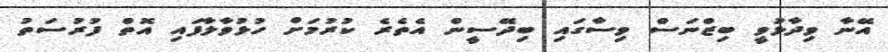
އޭނާ ވިދާޅުވީ ބިޒްނަސް ވިސާގައި ބިދޭސީން އެތެރެ ކުރުމަށް ހުޅުވާލާފައި އޮތް ފުރުސަތު